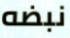
نبضه